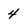
Character: 4